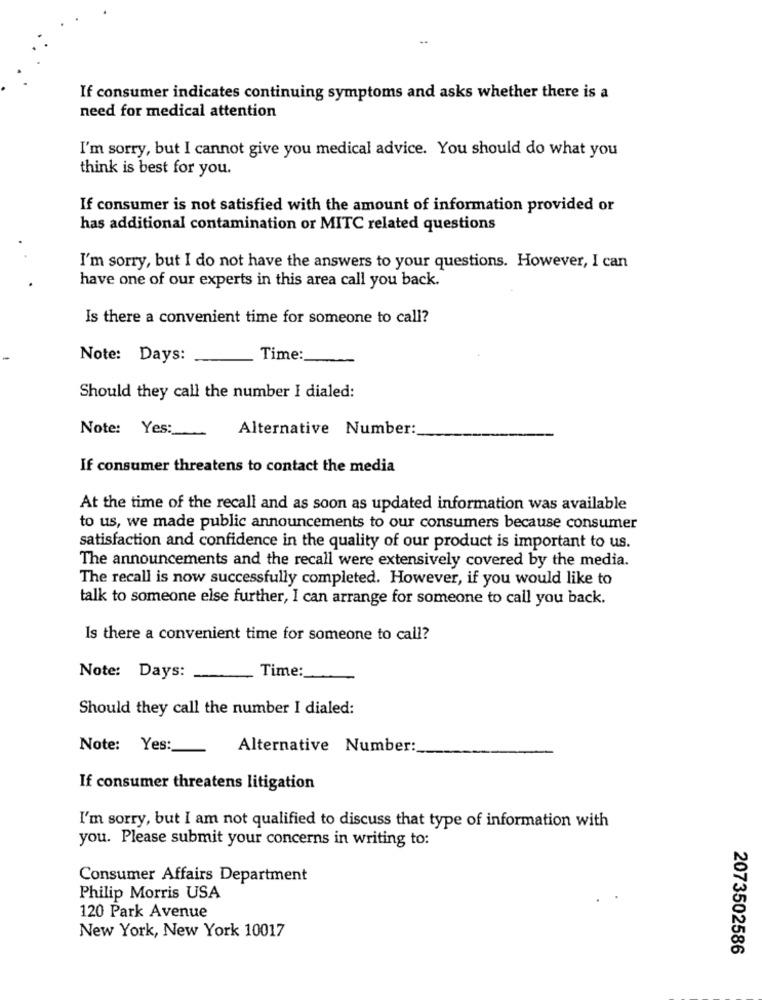
If consumer indicates continuing symptoms and asks whether there is a
need for medical attention
I'm sorry, but I cannot give you medical advice. You should do what you
think is best for you.
If consumer is not satisfied with the amount of information provided or
has additional contamination or MITC related questions
I'm sorry, but I do not have the answers to your questions. However, I can
have one of our experts in this area call you back.
Is there a convenient time for someone to call?
Note: Days:
Time:
Should they call the number I dialed:
Note: Yes:
Alternative Number:
If consumer threatens to contact the media
At the time of the recall and as soon as updated information was available
to us, we made public announcements to our consumers because consumer
satisfaction and confidence in the quality of our product is important to us.
The announcements and the recall were extensively covered by the media.
The recall is now successfully completed. However, if you would like to
talk to someone else further, I can arrange for someone to call you back.
Is there a convenient time for someone to call?
Time:
Note: Days:
Should they call the number I dialed:
Note: Yes:
Alternative Number:
If consumer threatens litigation
I'm sorry, but I am not qualified to discuss that type of information with
you. Please submit your concerns in writing to:
Consumer Affairs Department
Philip Morris USA
120 Park Avenue
New York, New York 10017
2073502586